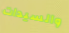
والسيدات